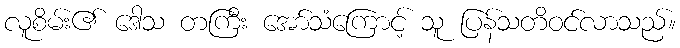
လူစိမ်း၏ ဒေါသ တကြီး အော်သံကြောင့် သူ ပြန်သတိဝင်လာသည်။